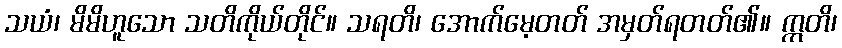
သယံ၊ မိမိဟူသော သတိကိုယ်တိုင်။ သရတိ၊ အောက်မေ့တတ် အမှတ်ရတတ်၏။ ဣတိ၊